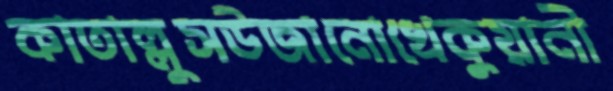
কাতাল্লুসউজানোখেকুয়ানী